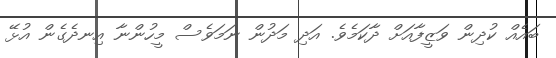
ބައެއް ކުދިން ވަޒީފާއަށް ދާކަމެވެ. އަދި މަދުން ނަމަވެސް މީހުންނާ އިނދެގެން އުޅޭ